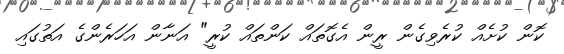
ކޮން ކުށެއް ކުރެވިގެން ރީން އެގޮތައް ކަންތައް ކުރީ" އަނާން އަހަރެންގެ އަތުގައި